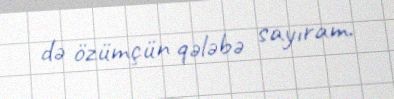
də özümçün qələbə sayıram.